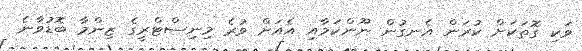
ވަކި ގޮތަކަށް ކުރަން އެނގުން ނޫންކަމާއި އެއަށް ވުރެ މިނިސްޓްރީގެ ޒިންމާ ބޮޑުވާނެ